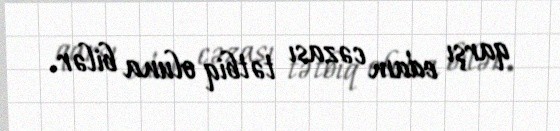
qarşı edam cəzası tətbiq oluna bilər.